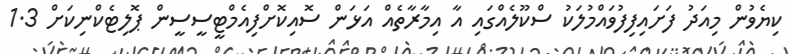
ކިޔެވުން މިއަދު ފަށައިފިފުވައްމުލަކު ސްކޫލެއްގައި އާ އިމާރާތެއް އަޅަން ސޮއިކޮށްފިއެމްޓީސީސީން ޕޮލިޓެކްނިކަށް 1.3